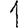
Digit: 1